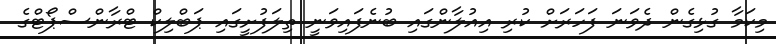
މިކަމާ ގުޅިގެން ދެވަނަ ފަހަރަށް ކުރި އިއުލާންގައި ބުނެފައިވަނީ ތިލަފުށީގައި ޕަބްލިކް ޓްރާންސްޕޯޓްގެ